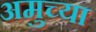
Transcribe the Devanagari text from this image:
अमुच्या